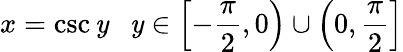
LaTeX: x=\csc\mathit{y}\ \ \ \mathit{y}\in\left[-{\frac{{\pi}}{{2}}},0\right)\cup\left(0,{\frac{{\pi}}{{2}}}\right]